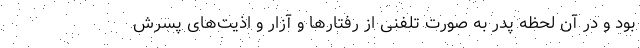
بود و در آن لحظه پدر به صورت تلفنی از رفتار‌ها و آزار و اذیت‌های پسرش